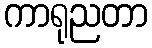
ကာရုညတာ